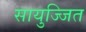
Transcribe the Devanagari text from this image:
सायुज्जित